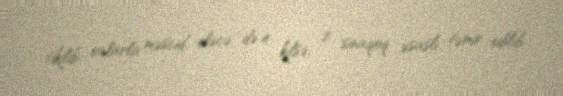
tikilib, onlarla məscid, eləcə də 4 kilsə, 2 sinaqoq əsaslı təmir edilib.